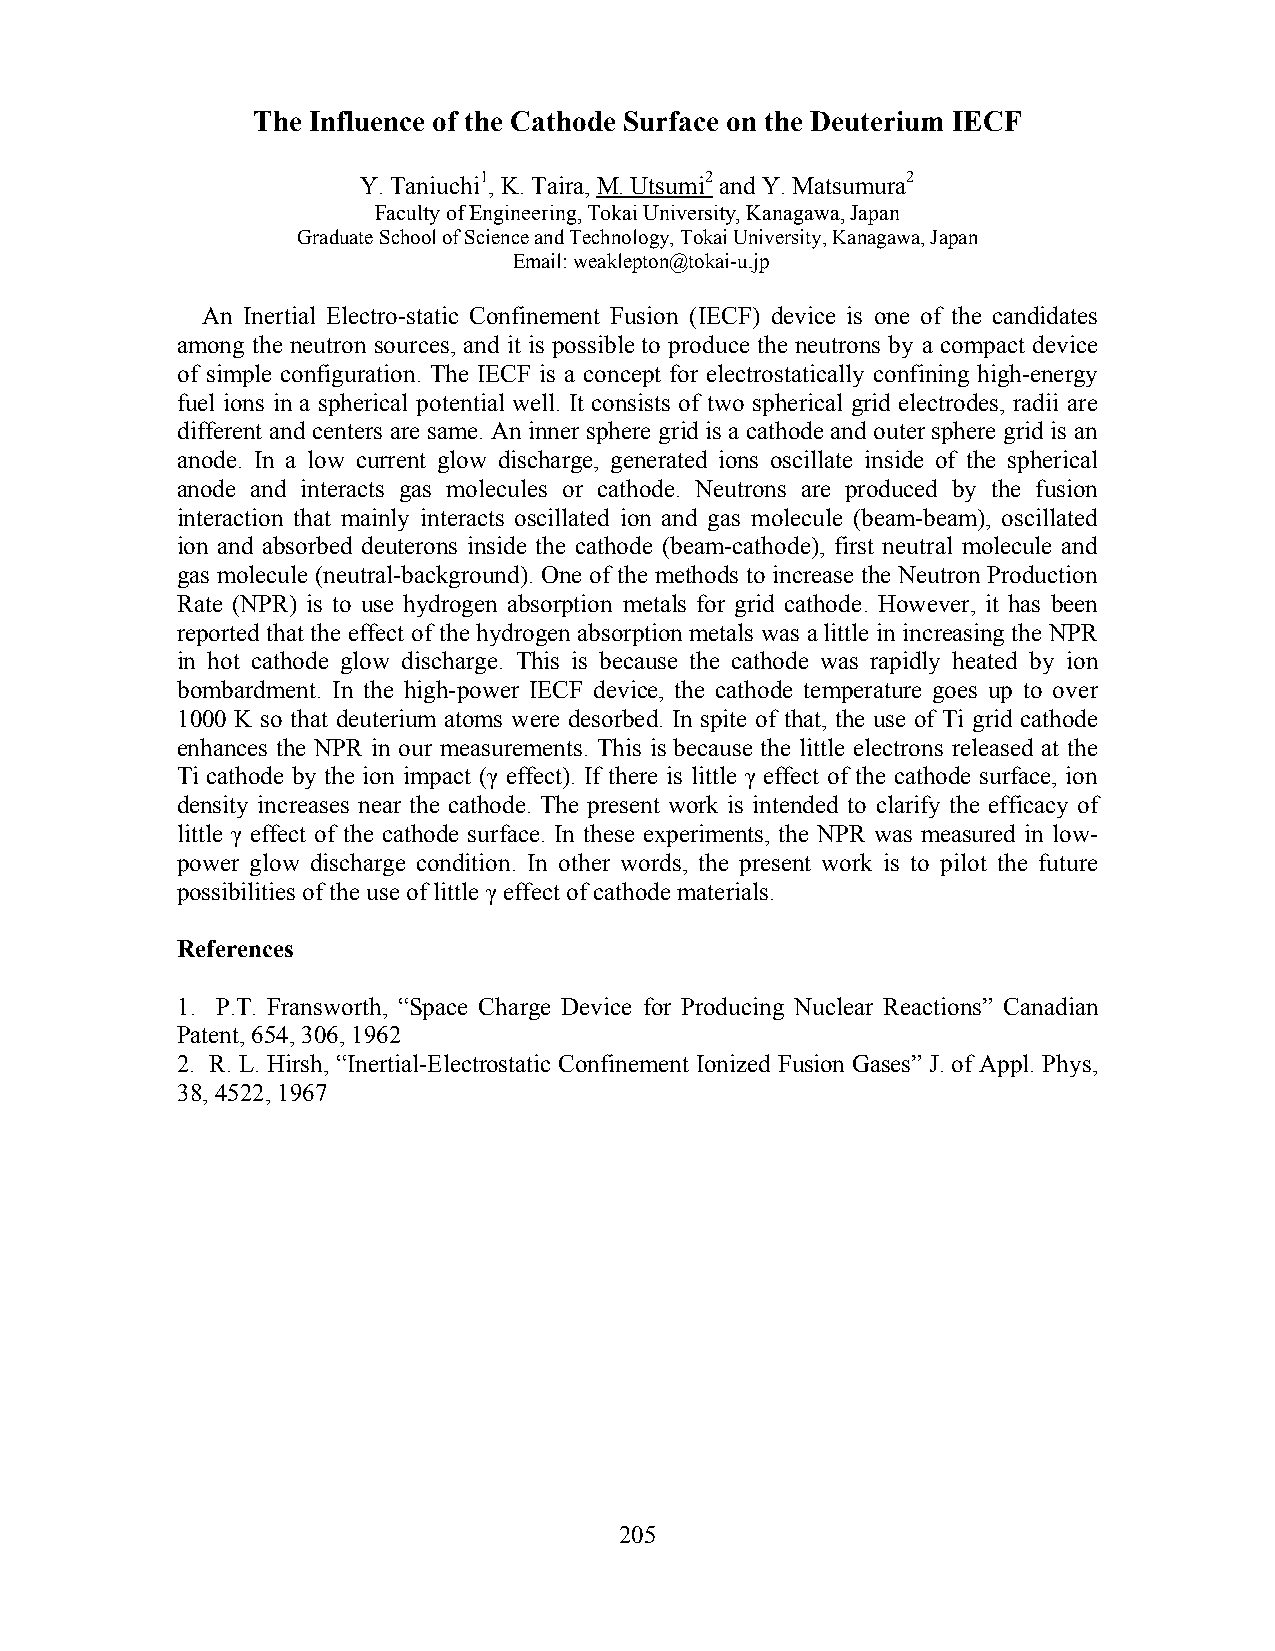
The Influence of the Cathode Surface on the Deuterium IECF
 Y. Taniuchi1, K. Taira, M. Utsumi2 and Y. Matsumura2
 Faculty of Engineering, Tokai University, Kanagawa, Japan
 Graduate School of Science and Technology, Tokai University, Kanagawa, Japan
 Email: weaklepton@tokai-u.jp
 An Inertial Electro-static Confinement Fusion (IECF) device is one of the candidates
 among the neutron sources, and it is possible to produce the neutrons by a compact device
 of simple configuration. The IECF is a concept for electrostatically confining high-energy
 fuel ions in a spherical potential well. It consists of two spherical grid electrodes, radii are
 different and centers are same. An inner sphere grid is a cathode and outer sphere grid is an
 anode. In a low current glow discharge, generated ions oscillate inside of the spherical
 anode and interacts gas molecules or cathode. Neutrons are produced by the fusion
 interaction that mainly interacts oscillated ion and gas molecule (beam-beam), oscillated
 ion and absorbed deuterons inside the cathode (beam-cathode), first neutral molecule and
 gas molecule (neutral-background). One of the methods to increase the Neutron Production
 Rate (NPR) is to use hydrogen absorption metals for grid cathode. However, it has been
 reported that the effect of the hydrogen absorption metals was a little in increasing the NPR
 in hot cathode glow discharge. This is because the cathode was rapidly heated by ion
 bombardment. In the high-power IECF device, the cathode temperature goes up to over
 1000 K so that deuterium atoms were desorbed. In spite of that, the use of Ti grid cathode
 enhances the NPR in our measurements. This is because the little electrons released at the
 Ti cathode by the ion impact (γ effect). If there is little γ effect of the cathode surface, ion
 density increases near the cathode. The present work is intended to clarify the efficacy of
 little γ effect of the cathode surface. In these experiments, the NPR was measured in low-
 power glow discharge condition. In other words, the present work is to pilot the future
 possibilities of the use of little γ effect of cathode materials.
 References
 1. P.T. Fransworth, “Space Charge Device for Producing Nuclear Reactions” Canadian
 Patent, 654, 306, 1962
 2. R. L. Hirsh, “Inertial-Electrostatic Confinement Ionized Fusion Gases” J. of Appl. Phys,
 38, 4522, 1967
 205